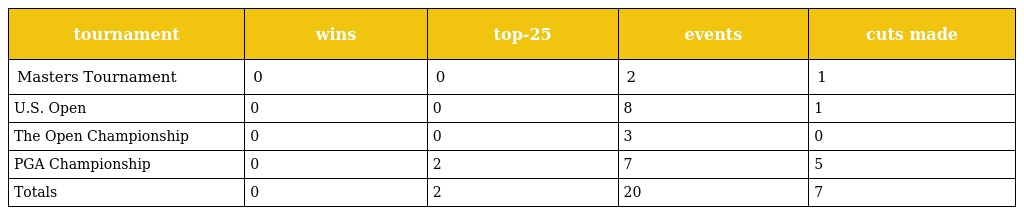
| tournament | wins | top-25 | events | cuts made |
 | --- | --- | --- | --- | --- |
 | Masters Tournament | 0 | 0 | 2 | 1 |
 | U.S. Open | 0 | 0 | 8 | 1 |
 | The Open Championship | 0 | 0 | 3 | 0 |
 | PGA Championship | 0 | 2 | 7 | 5 |
 | Totals | 0 | 2 | 20 | 7 |